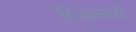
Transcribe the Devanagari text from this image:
ग्रिडप्रणाली